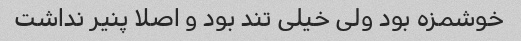
خوشمزه بود ولی خیلی تند بود و اصلا پنیر نداشت